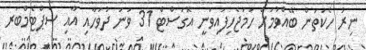
ނިރު ހެކަތަން ބޭއްވުމަށް ހަމަޖެހިފައިވަނީ އޮގަސްޓް 31 ވަނަ ދުވަހާއި އާއި ސެޕްޓެމްބަރ